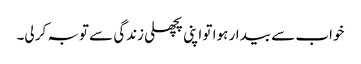
خواب سے بیدار ہوا تو اپنی پچھلی زندگی سے توبہ کر لی۔